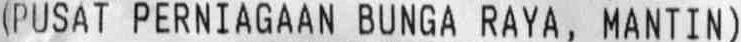
(PUSAT PERNIAGAAN BUNGA RAYA, MANTIN)